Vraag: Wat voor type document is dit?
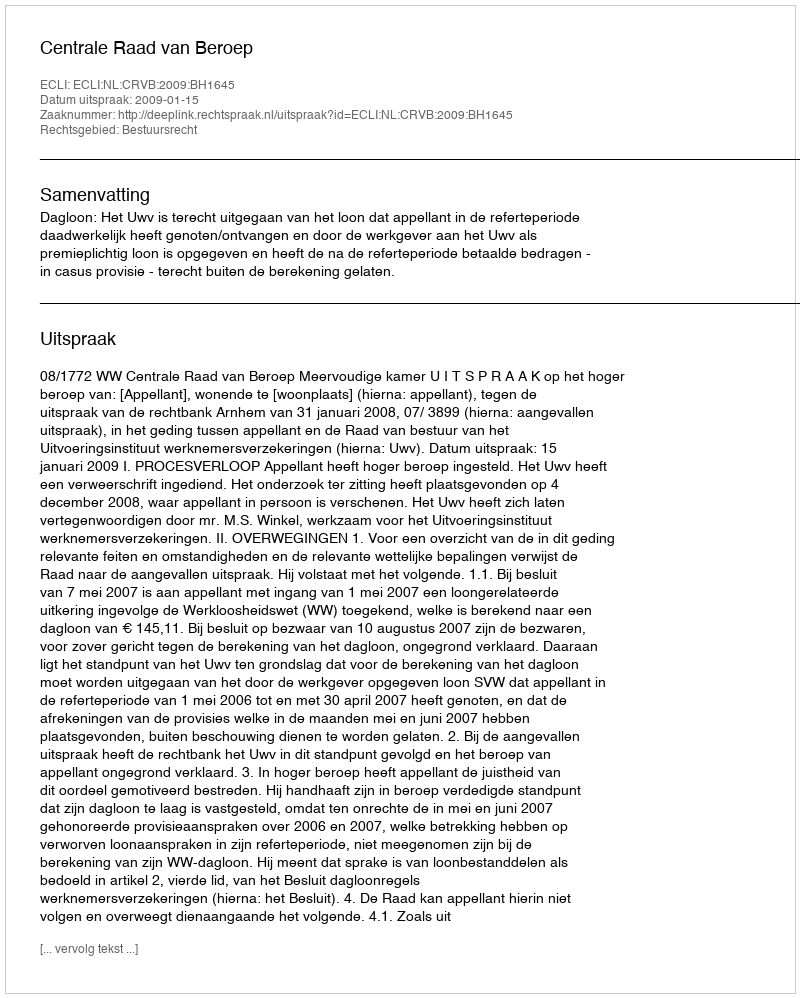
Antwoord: Uitspraak